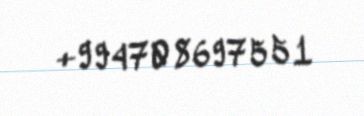
+994708697551